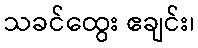
သခင်ထွေး ဧချင်း၊